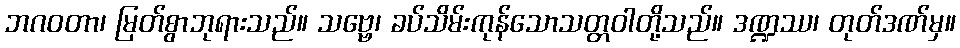
ဘဂဝတာ၊ မြတ်စွာဘုရားသည်။ သဗ္ဗေ၊ ခပ်သိမ်းကုန်သောသတ္တဝါတို့သည်။ ဒဏ္ဍဿ၊ တုတ်ဒဏ်မှ။